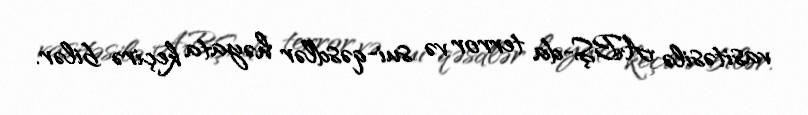
vasitəsilə ABŞ-da terror və sui-qəsdlər həyata keçirə bilər.